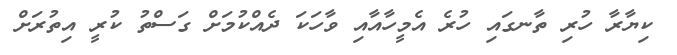
ކިޔާރާ ހުރި ތާނގައި ހުރެ އެމީހާއާއި ވާހަކަ ދެއްކުމަށް ގަސްތު ކުރީ އިތުރަށް